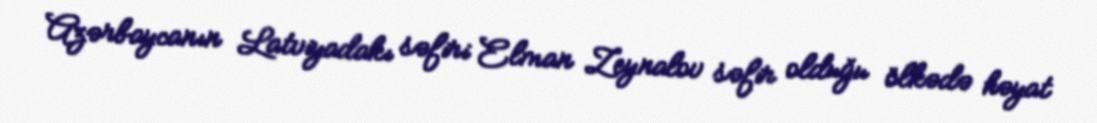
Azərbaycanın Latviyadakı səfiri Elman Zeynalov səfir olduğu ölkədə həyat